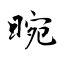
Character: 晼